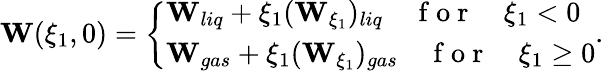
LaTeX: \begin{array}{r}{\mathbf{W}(\xi_{1},0)=\left\{ \begin{array}{ll}{\mathbf{W}_{liq}+\xi_{1}(\mathbf{W}_{\xi_{1}})_{liq}\quad\mathrm{~f~o~r~}\quad\xi_{1}<0}\\ {\mathbf{W}_{gas}+\xi_{1}(\mathbf{W}_{\xi_{1}})_{gas}\quad\mathrm{~f~o~r~}\quad\xi_{1}\geq 0}\end{array}\right..}\end{array}